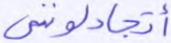
أتجادلونني